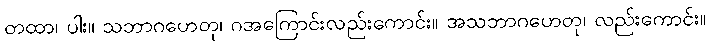
တထာ၊ ပါး။ သဘာဂဟေတု၊ ဂအကြောင်းလည်းကောင်း။ အသဘာဂဟေတု၊ လည်းကောင်း။